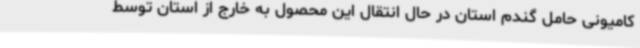
کامیونی حامل گندم استان در حال انتقال این محصول به خارج از استان توسط